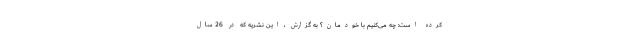
کرده است: چه می‌کنیم با خودمان؟ به گزارش ، این نشریه که در 26 سال